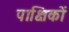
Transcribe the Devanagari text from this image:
पाक्षिकों